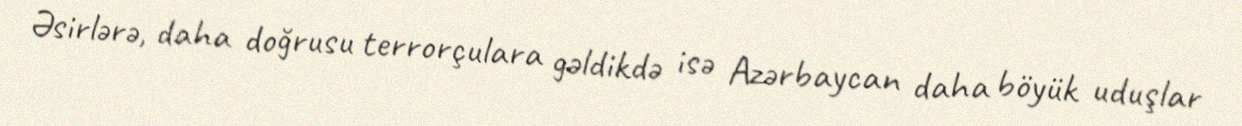
Əsirlərə, daha doğrusu terrorçulara gəldikdə isə Azərbaycan daha böyük uduşlar